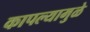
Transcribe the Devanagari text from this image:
कापल्यामुळे